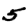
Digit: 5